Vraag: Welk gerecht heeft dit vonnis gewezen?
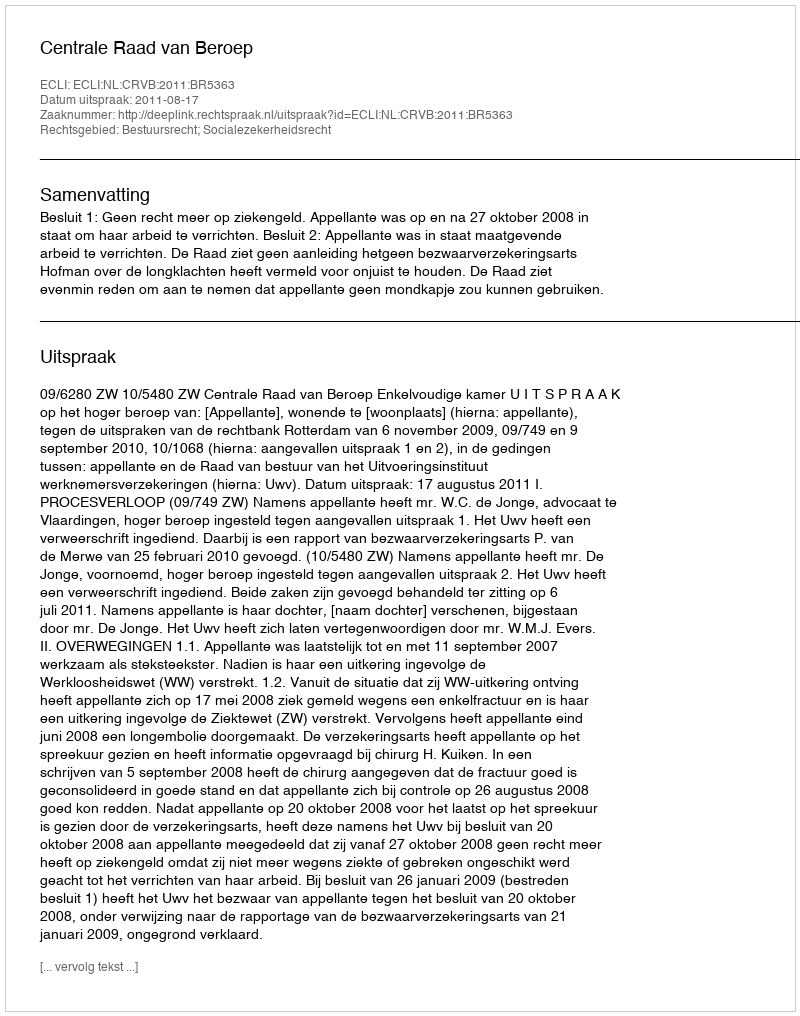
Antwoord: Centrale Raad van Beroep